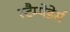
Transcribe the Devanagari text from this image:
स्टैम्पेडेर्स